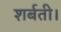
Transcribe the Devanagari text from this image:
शर्बती।